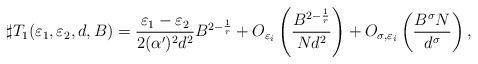
LaTeX: \begin{align*}\sharp T_1(\varepsilon_1,\varepsilon_2,d,B)=\frac{\varepsilon_1-\varepsilon_2}{2(\alpha^\prime)^2 d^2}B^{2-\frac{1}{r}}+O_{\varepsilon_i}\left(\frac{B^{2-\frac{1}{r}}}{N d^2}\right)+O_{\sigma,\varepsilon_i}\left(\frac{B^\sigma N}{d^\sigma}\right),\end{align*}